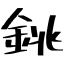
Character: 銚